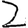
Digit: 2